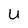
Character: U